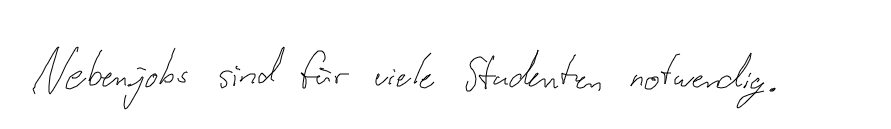
Nebenjobs sind für viele Studenten notwendig.